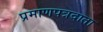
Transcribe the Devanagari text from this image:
प्रमाणपत्रदाता